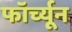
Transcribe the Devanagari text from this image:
फॉर्च्‍यून